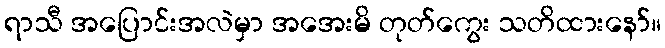
ရာသီ အပြောင်းအလဲမှာ အအေးမိ တုတ်ကွေး သတိထားနော်။